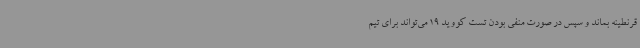
قرنطینه بماند و سپس در صورت منفی بودن تست کووید 19 می‌تواند برای تیم